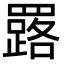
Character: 𦌕